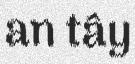
an tây